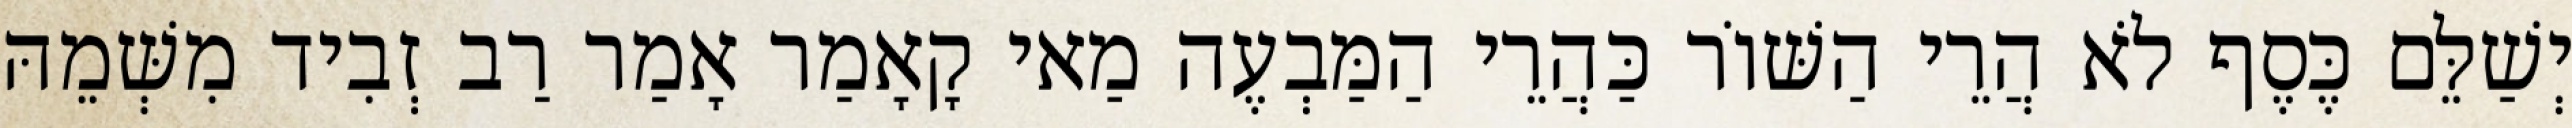
יְשַׁלֵּם כֶּסֶף לֹא הֲרֵי הַשּׁוֹר כַּהֲרֵי הַמַּבְעֶה מַאי קָאָמַר אָמַר רַב זְבִיד מִשְּׁמֵהּ